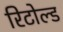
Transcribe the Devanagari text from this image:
रिटोल्ड